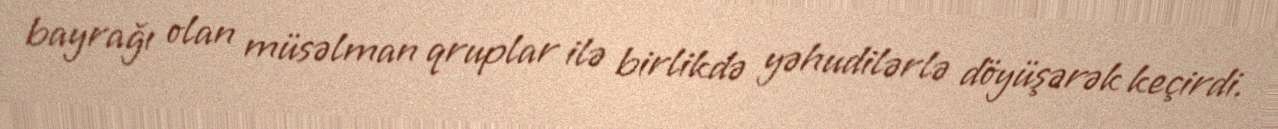
bayrağı olan müsəlman qruplar ilə birlikdə yəhudilərlə döyüşərək keçirdi.